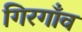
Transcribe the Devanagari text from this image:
गिरगाँव